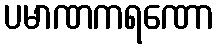
ပမာဏကရဏော